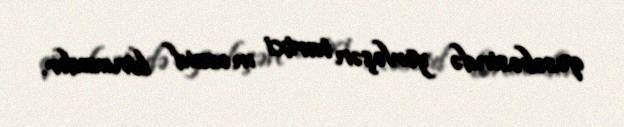
qəsəbəsində yerləşən tarixi məscid binasıdır.